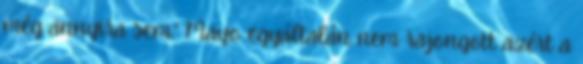
még annyira sem.” Mayo egyáltalán nem rajongott azért a